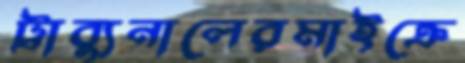
ট্রাব্যুনালেরমাইক্রে